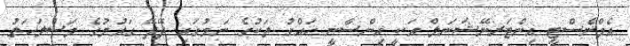
އެމްނެސްޓީ އިންޓަރނޭޝަނަލް އަކީ އިންސާނީ ހައްގު ތަކުގެ ނަމުގައި ދޭދޭ ގައުމުގެ މަސްލަހަތު